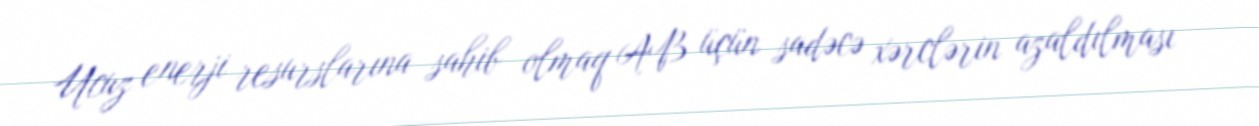
Ucuz enerji resurslarına sahib olmaq AB üçün sadəcə xərclərin azaldılması